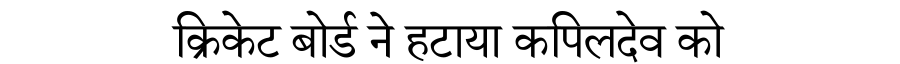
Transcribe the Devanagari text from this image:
क्रिकेट बोर्ड ने हटाया कपिलदेव को